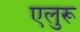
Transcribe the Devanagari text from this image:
एलुरू